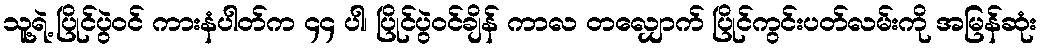
သူ့ရဲ့ ပြိုင်ပွဲဝင် ကားနံပါတ်က ၄၄ ပါ၊ ပြိုင်ပွဲဝင်ချိန် ကာလ တလျှောက် ပြိုင်ကွင်းပတ်လမ်းကို အမြန်ဆုံး